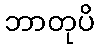
ဘာတုပိ